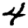
Digit: 4